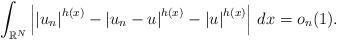
LaTeX: \begin{align*} \int_{ \mathbb R^N } \left| \left| u_n \right|^{ h(x) } - \left| u_n - u \right|^{ h(x) } - \left| u \right|^{ h(x) } \right| \, dx = o_n(1).\end{align*}